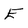
Character: E